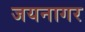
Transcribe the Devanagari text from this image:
जयनागर